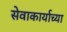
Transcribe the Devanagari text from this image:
सेवाकार्याच्या